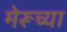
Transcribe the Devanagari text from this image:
मेरूच्या